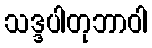
သဒ္ဒပါတုဘာဝါ